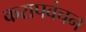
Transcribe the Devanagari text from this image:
करापवंचन